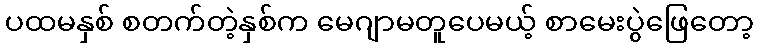
ပထမနှစ် စတက်တဲ့နှစ်က မေဂျာမတူပေမယ့် စာမေးပွဲဖြေတော့